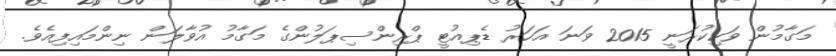
މަގާމުން ވަކިކުރަނީ 2015 ވަނަ އަހަރު ޑެޕިއުޓީ ޕްރިންސިޕަލުންގެ މަގާމު އުވާލަން ނިންމައިފިއެވެ.